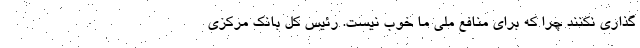
گذاری نکنند چرا که برای منافع ملی ما خوب نیست. رئیس کل بانک مرکزی